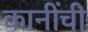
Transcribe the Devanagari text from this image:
कानींची